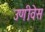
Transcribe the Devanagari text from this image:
उणीवेस